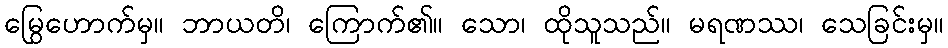
မြွေဟောက်မှ။ ဘာယတိ၊ ကြောက်၏။ သော၊ ထိုသူသည်။ မရဏဿ၊ သေခြင်းမှ။